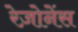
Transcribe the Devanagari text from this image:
रेज़ोनेंस